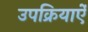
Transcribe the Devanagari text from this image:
उपक्रियाऐं